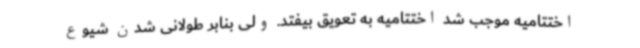
اختتامیه موجب شد اختتامیه به تعویق بیفتد. ولی بنابر طولانی شدن شیوع